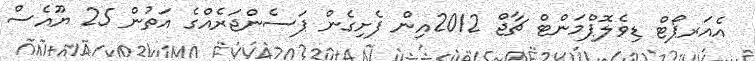
އެއަރޕޯޓް ޑިވެލޮޕްމަންޓް ޗާޖް 2012އިން ފެށިގެން ޕަސެންޖަރެއްގެ އަތުން 25 ޔޫއެސް